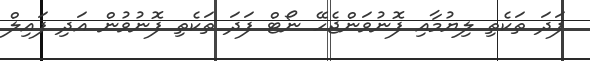
ފަދަ ތަކެތި ލިޔުމާއި ފޮނުވަންޖެހޭ ނޯޓް ފަދަ ތަކެތި ފޮނުވުން އަދި ފައިލް